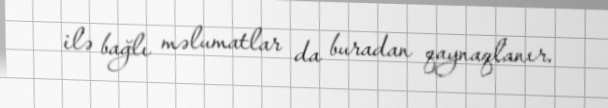
ilə bağlı məlumatlar da buradan qaynaqlanır.